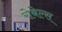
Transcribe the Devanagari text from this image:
रोबेल्‍स